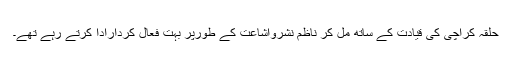
حلقہ کراچی کی قیادت کے ساتھ مل کر ناظم نشرواشاعت کے طورپر بہت فعال کردارادا کرتے رہے تھے۔